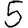
Digit: 5